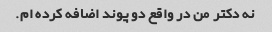
نه دکتر من در واقع دو پوند اضافه کرده ام.